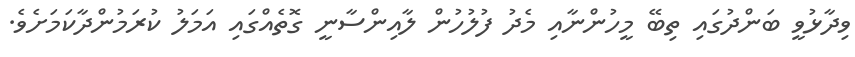
ވިދާޅުވީ ބަންދުގައި ތިބޭ މީހުންނާއި މެދު ފުލުހުން ލާއިންސާނީ ގޮތެއްގައި އަމަލު ކުރަމުންދާކަމަށެވެ.